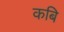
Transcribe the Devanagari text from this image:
कबि